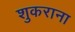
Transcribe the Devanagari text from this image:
शुकराना